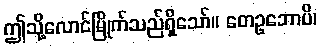
ဤသို့လောင်မြိုက်သည်ရှိသော်။ တေဥဘောပိ၊